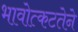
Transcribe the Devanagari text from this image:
भावोत्कटतेने